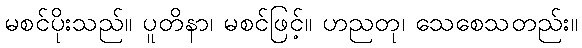
မစင်ပိုးသည်။ ပူတိနာ၊ မစင်ဖြင့်။ ဟညတု၊ သေစေသတည်း။